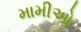
મામીઓ